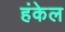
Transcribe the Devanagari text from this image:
हंकेल